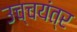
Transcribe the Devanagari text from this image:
उच्चयंत्र